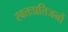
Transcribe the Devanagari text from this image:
स्वतःप्रतिजनों